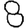
Digit: 8